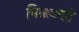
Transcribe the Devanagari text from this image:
मिळवणी